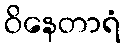
ဝိနေတာရံ